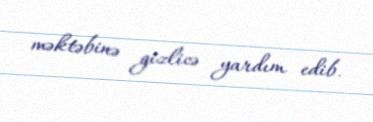
məktəbinə gizlicə yardım edib.